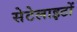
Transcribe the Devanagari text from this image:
सेटेलाइटों